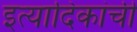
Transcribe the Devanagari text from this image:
इत्यादिकांची